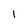
Character: 1